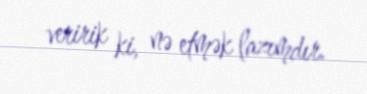
veririk ki, nə etmək lazımdır.